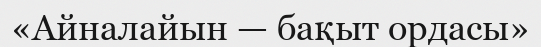
«Айналайын — бақыт ордасы»